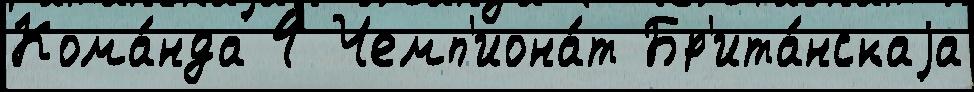
Кома́нда 4 Чемп'иона́т Бр'ита́нскаjа